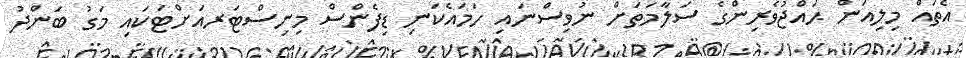
އެތައް މިލިއަން ޙައްޖުވެރިންގެ ސަލާމަތަށް ނުވިސްނައި ހަމައެކަނި ޑިފެންސް މިނިސްޓަރއަށްޓަކައި މަގު ބަންދު